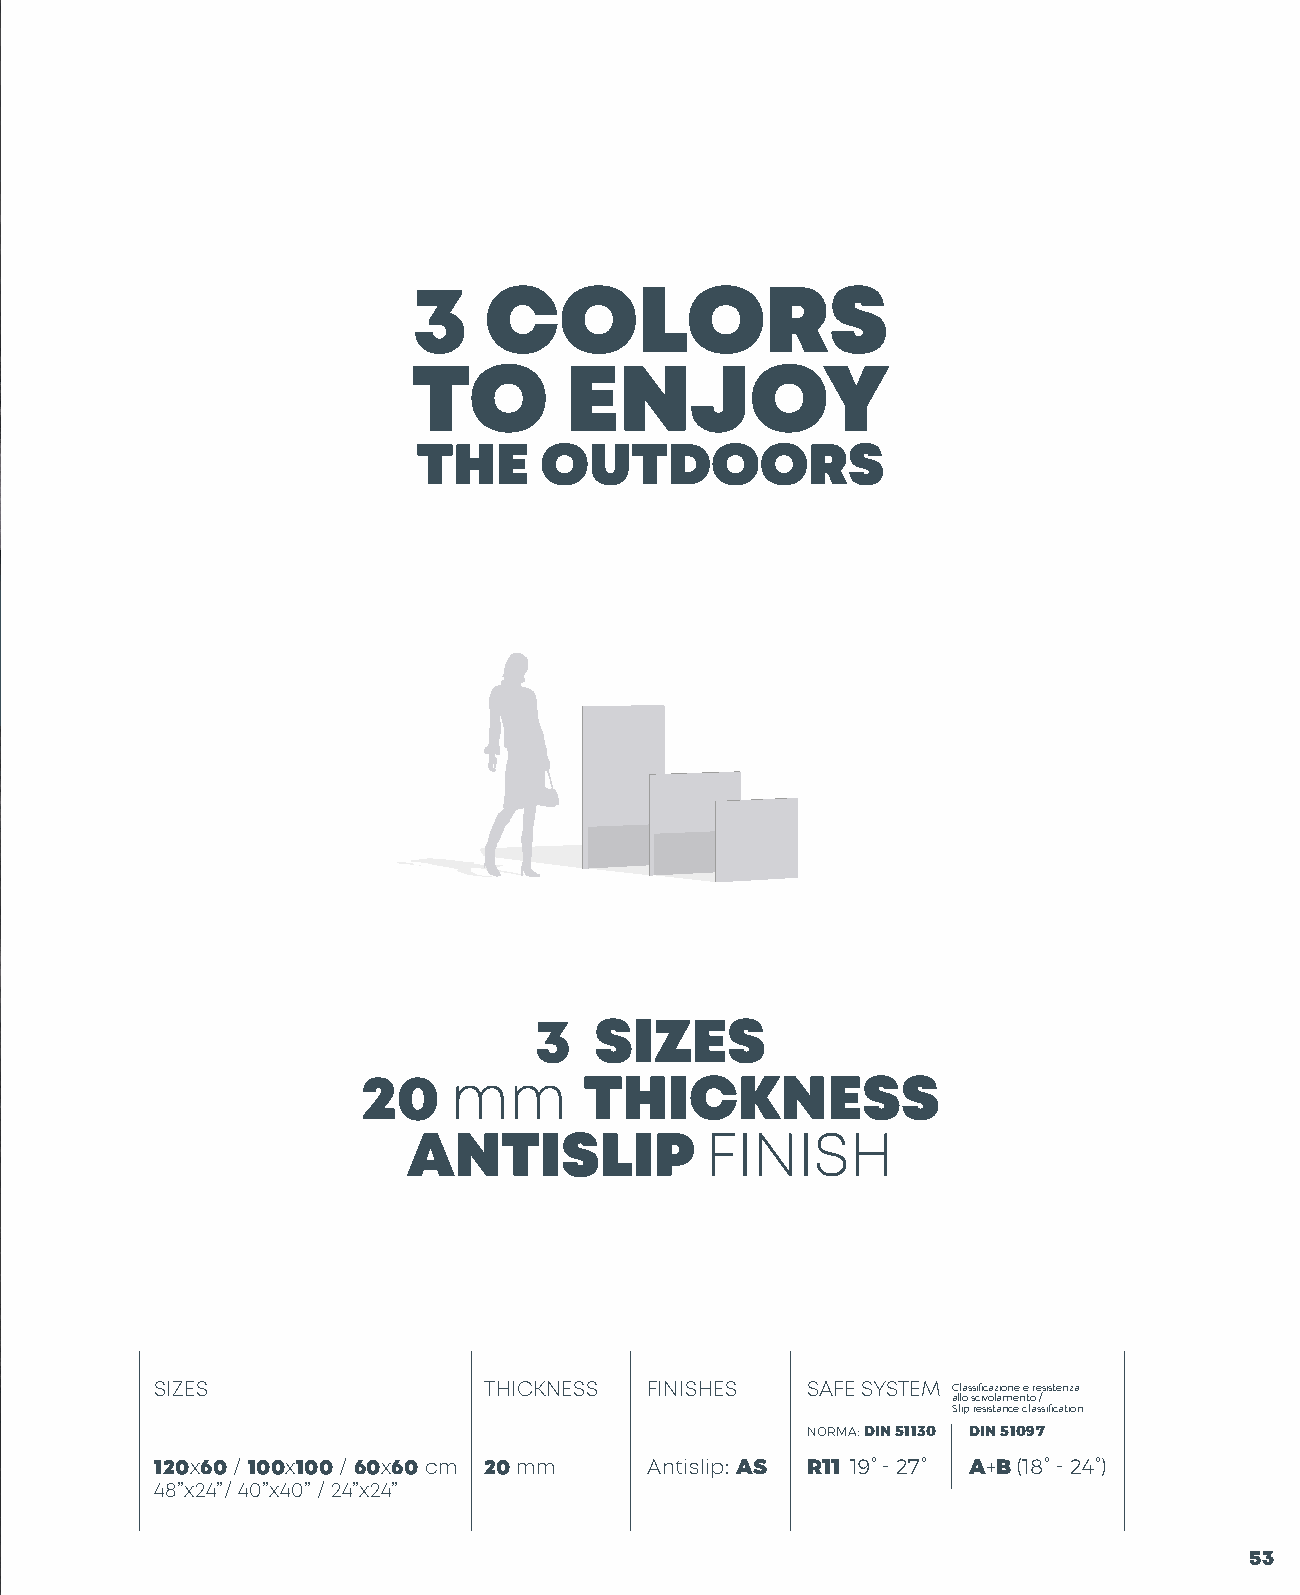
3    COLORS
 TO        ENJOY
 THE     OUTDOORS
 3   SIZES
 20    mm       THICKNESS
 ANTISLIP            FINISH
 SIZES                 THICKNESS  FINISHES  SAFE SYSTEM Classificazione e resistenza
 allo scivolamento /
 Slip resistance classification
 NORMA: DIN 51130 DIN 51097
 120x60 / 100x100 / 60x60 cm 20 mm Antislip: AS R11 19° - 27° A+B (18° - 24°)
 48”x24”/ 40”x40” / 24”x24”
 53